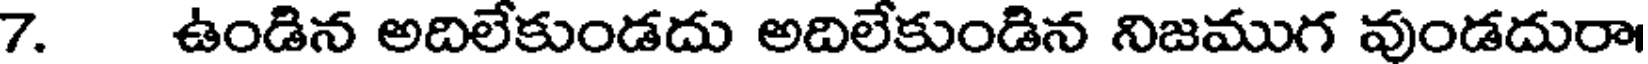
7. ఉండిన అదిలేకుండదు అదిలేకుండిన నిజముగ వుండదురా